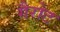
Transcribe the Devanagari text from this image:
गैरोट